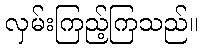
လှမ်းကြည့်ကြသည်။